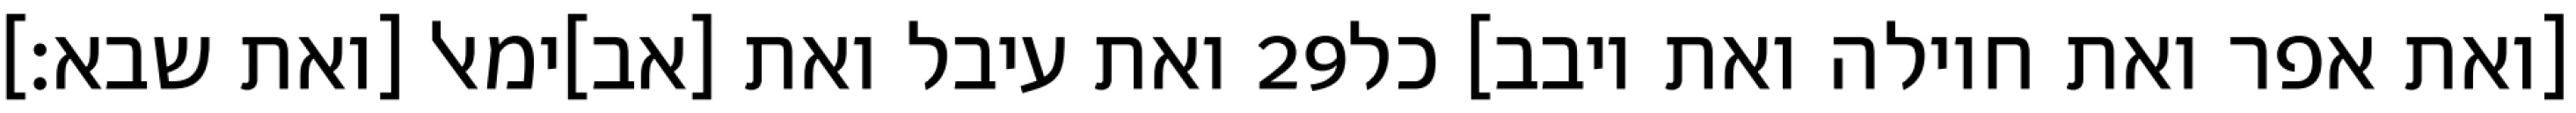
ואת עיבל ואת [אב]ימאל [ואת שבא׃] ‎29‏ [ואת אפר ואת חוילה ואת יובב] כל